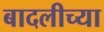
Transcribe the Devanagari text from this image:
बादलीच्या